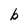
Character: b